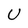
Character: U